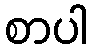
စာပါ